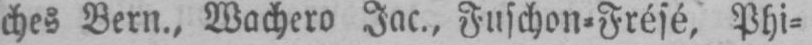
ches Bern., Machero Jac., Fuschon⸗Frésé Phi⸗